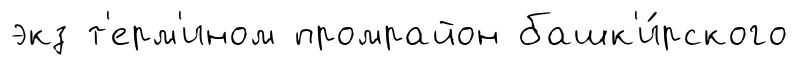
экз т'ерм'ином промрайон башк'и́рского